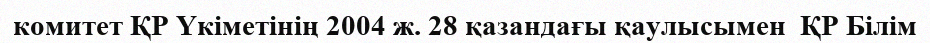
комитет ҚР Үкіметінің 2004 ж. 28 қазандағы қаулысымен  ҚР Білім